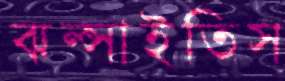
ঝল্‌সাইতিস